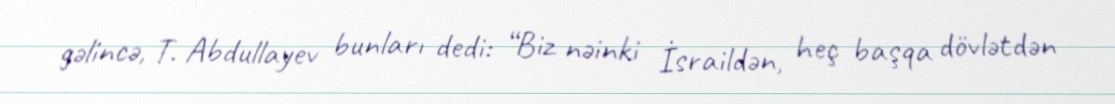
gəlincə, T. Abdullayev bunları dedi: “Biz nəinki İsraildən, heç başqa dövlətdən